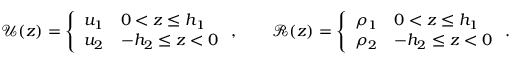
\begin{array} { r } { \mathcal { U } ( z ) = \left\{ \begin{array} { l l } { u _ { 1 } } & { 0 < z \le h _ { 1 } } \\ { u _ { 2 } } & { - h _ { 2 } \le z < 0 } \end{array} \right. , \qquad \mathcal { R } ( z ) = \left\{ \begin{array} { l l } { \rho _ { 1 } } & { 0 < z \le h _ { 1 } } \\ { \rho _ { 2 } } & { - h _ { 2 } \le z < 0 } \end{array} \right. . } \end{array}